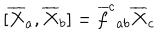
[ \overline { { { X } } } _ { a } , \overline { { { X } } } _ { b } ] = \overline { { { f } } } ^ { c } { } _ { a b } \overline { { { X } } } _ { c }